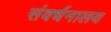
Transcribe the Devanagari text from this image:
संवर्धनालय